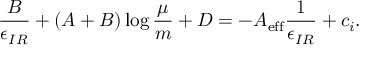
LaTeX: { \frac { B } { \epsilon _ { I R } } } + \left( A + B \right) \log { \frac { \mu } { m } } + D = - A _ { \mathrm { e f f } } { \frac { 1 } { \epsilon _ { I R } } } + c _ { i } .